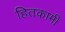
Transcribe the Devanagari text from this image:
हितकामी